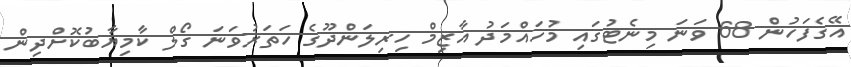
އޭގެފަހުން 68 ވަނަ މިނެޓުގައި މުހައްމަދު އާޒިމް ހިރިލަންދޫގެ ހަތަރުވަނަ ގޯލް ކާމިޔާބުކޮށްދިން